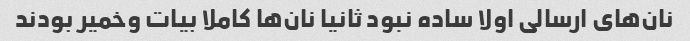
نان‌های ارسالی اولا ساده نبود ثانیا نان‌ها کاملا بیات وخمیر بودند